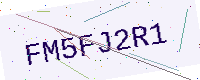
Text: FM5FJ2R1